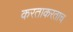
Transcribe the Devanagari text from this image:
करताकरताच